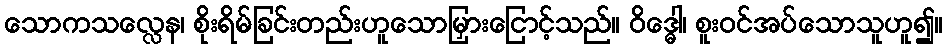
သောကသလ္လေန၊ စိုးရိမ်ခြင်းတည်းဟူသောမြှားငြောင့်သည်။ ဝိဒ္ဓေါ၊ စူးဝင်အပ်သောသူဟူ၍။